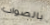
بالصواب